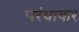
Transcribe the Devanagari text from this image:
परंथाकर